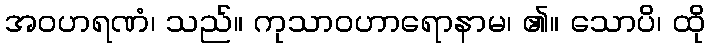
အဝဟရဏံ၊ သည်။ ကုသာဝဟာရောနာမ၊ ၏။ သောပိ၊ ထို